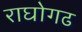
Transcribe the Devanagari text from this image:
राघोगढ